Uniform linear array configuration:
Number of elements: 4
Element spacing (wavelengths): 0.5
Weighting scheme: hann
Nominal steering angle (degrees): -45
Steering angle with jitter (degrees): -46.175
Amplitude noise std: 0.05
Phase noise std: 0.05

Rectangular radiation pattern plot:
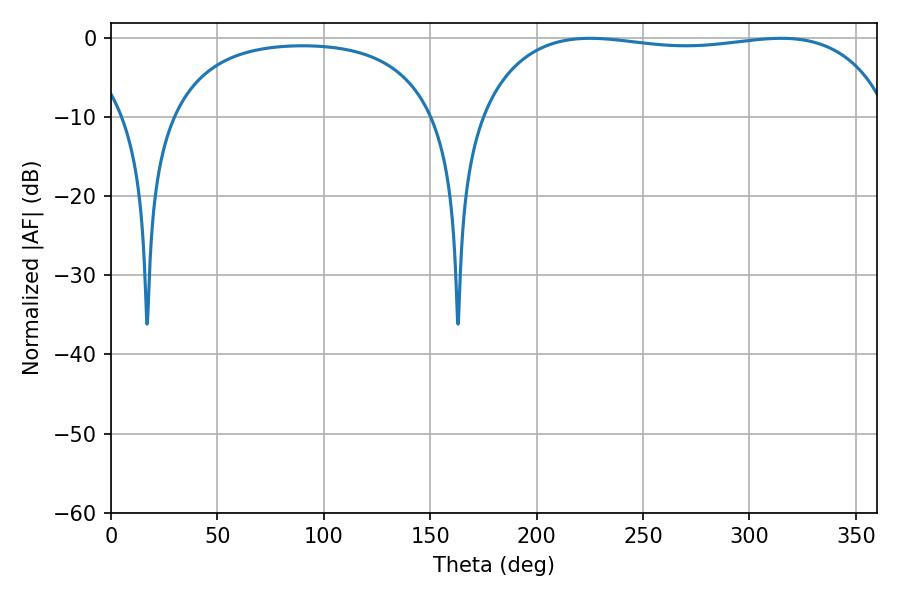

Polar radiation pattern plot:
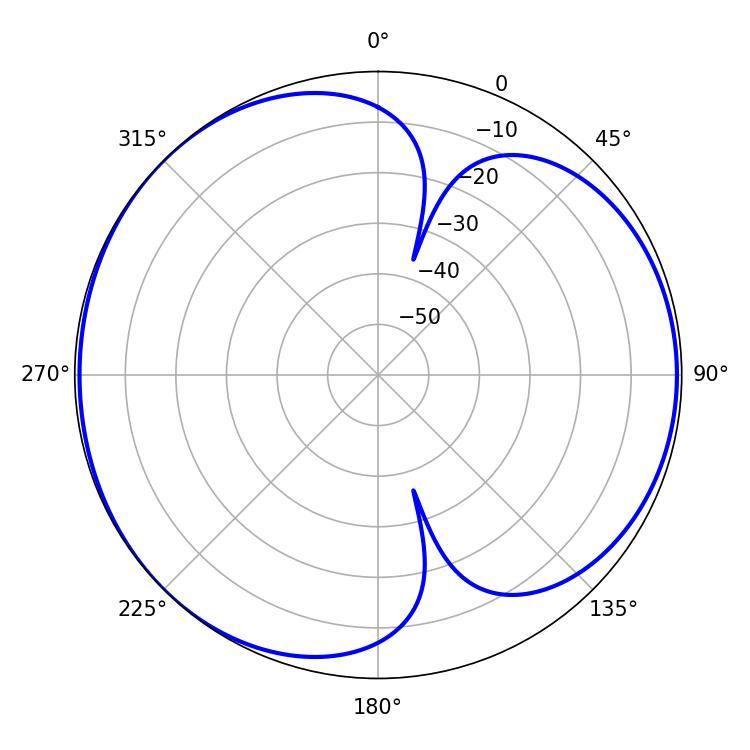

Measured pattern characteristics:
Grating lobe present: FALSE
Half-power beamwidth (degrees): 155.88
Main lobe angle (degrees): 225.18